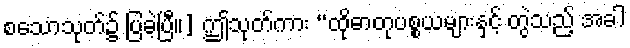
စသောသုတ်၌ ပြခဲ့ပြီ။] ဤသုတ်ကား “ထိုဓာတုပစ္စယများနှင့် တွဲသည့် အခါ